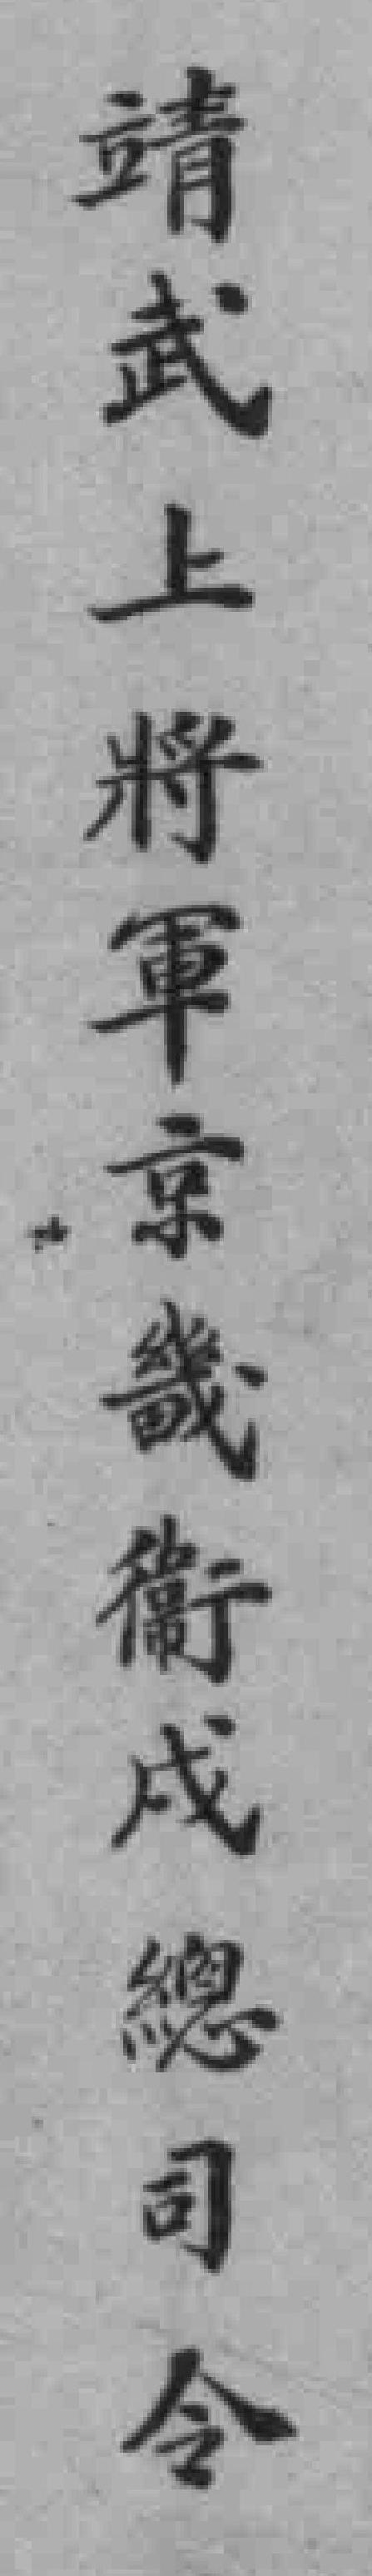
靖武上將軍京畿衛戍總司令